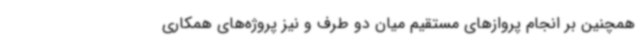
همچنین بر انجام پروازهای مستقیم میان دو طرف و نیز پروژه‌های همکاری